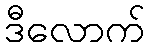
ဒီလောက်